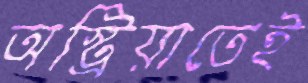
অস্ট্রিয়াতেই